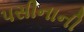
પસીનાની